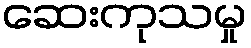
ဆေးကုသမှု